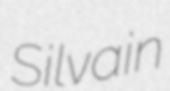
Silvain